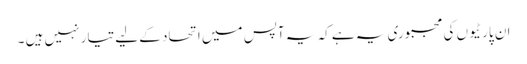
ان پارٹیوں کی مجبوری یہ ہے کہ یہ آپس میں اتحاد کے لیے تیار نہیں ہیں ۔